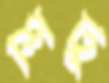
শিটু